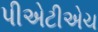
પીએટીએચ